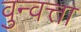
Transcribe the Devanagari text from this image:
वुन्वत्ता